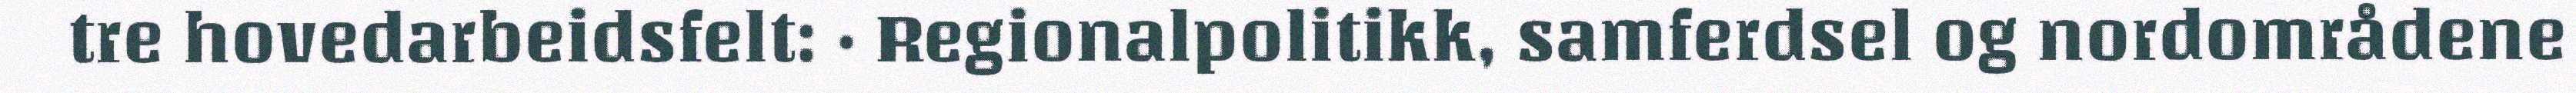
tre hovedarbeidsfelt: · Regionalpolitikk, samferdsel og nordområdene